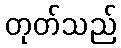
တုတ်သည်